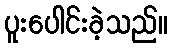
ပူးပေါင်းခဲ့သည်။